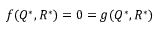
f ( Q ^ { * } , R ^ { * } ) = 0 = g ( Q ^ { * } , R ^ { * } )